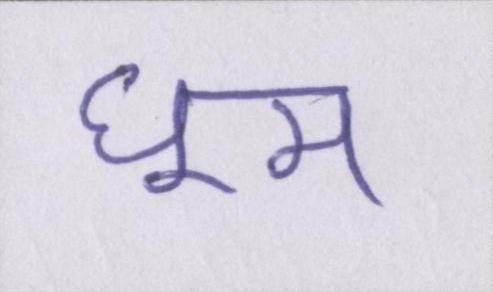
घूम